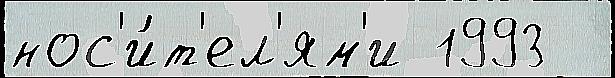
нос'и́т'ел'ям'и 1993